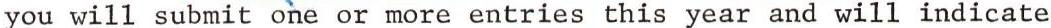
you will submit one or more entries this year and will indicate